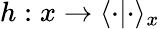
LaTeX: h:x\rightarrow\langle\cdot|\cdot\rangle_{x}